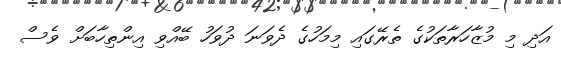
އަދި މި މުޒާހަރާތަކުގެ ތެރޭގައި މިމަހުގެ ދެވަނަ ދުވަހު ބޭއްވި އިންތިހާބަށް ވެސް